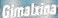
Gimalxioa